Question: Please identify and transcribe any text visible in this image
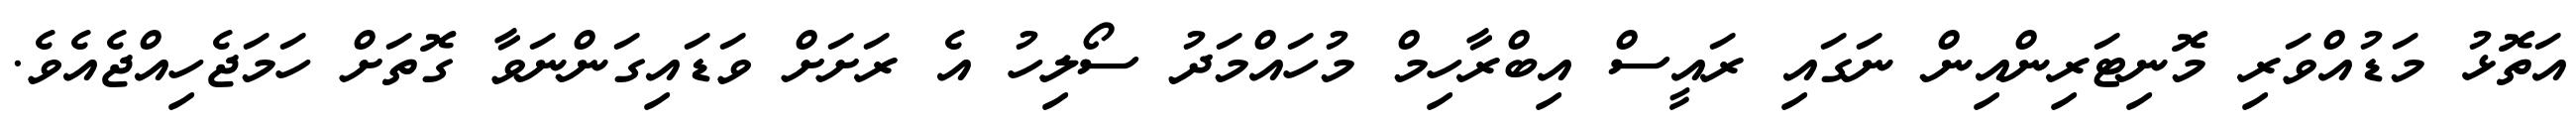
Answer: އަތޮޅު މަޑުއްވަރި މޮނިޓަރިންއިން ނަގައި ރައީސް އިބްރާހިމް މުހައްމަދު ސޯލިހު އެ ރަށަށް ވަޑައިގަންނަވާ ގޮތަށް ހަމަޖެހިއްޖެއެވެ.